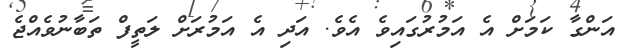
އަންގާ ކަމަށް އެ އަމުރުގައިވެ އެވެ. އަދި އެ އަމުރަށް ލަތީފް ތަބާނުވެއްޖެ